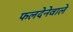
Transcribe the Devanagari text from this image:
फलदेनेवाले